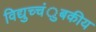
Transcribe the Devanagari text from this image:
विद्युच्चंुबकीय